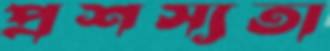
প্রশস্যতা